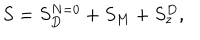
S = S _ { D } ^ { N = 0 } + S _ { M } + S _ { z } ^ { D } ,